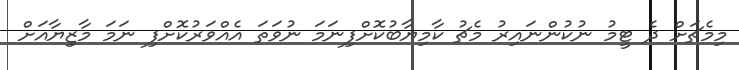
މިމެޗަށް ދެ ޓީމު ނުކުންނައިރު މެޗު ކާމިޔާބުކޮށްފިނަމަ ނުވަތަ އެއްވަރުކޮށްފި ނަމަ މާޒިިޔާއަށް